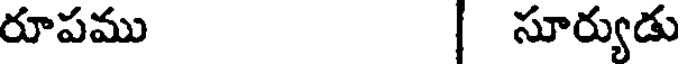
రూపము | సూర్యుడు